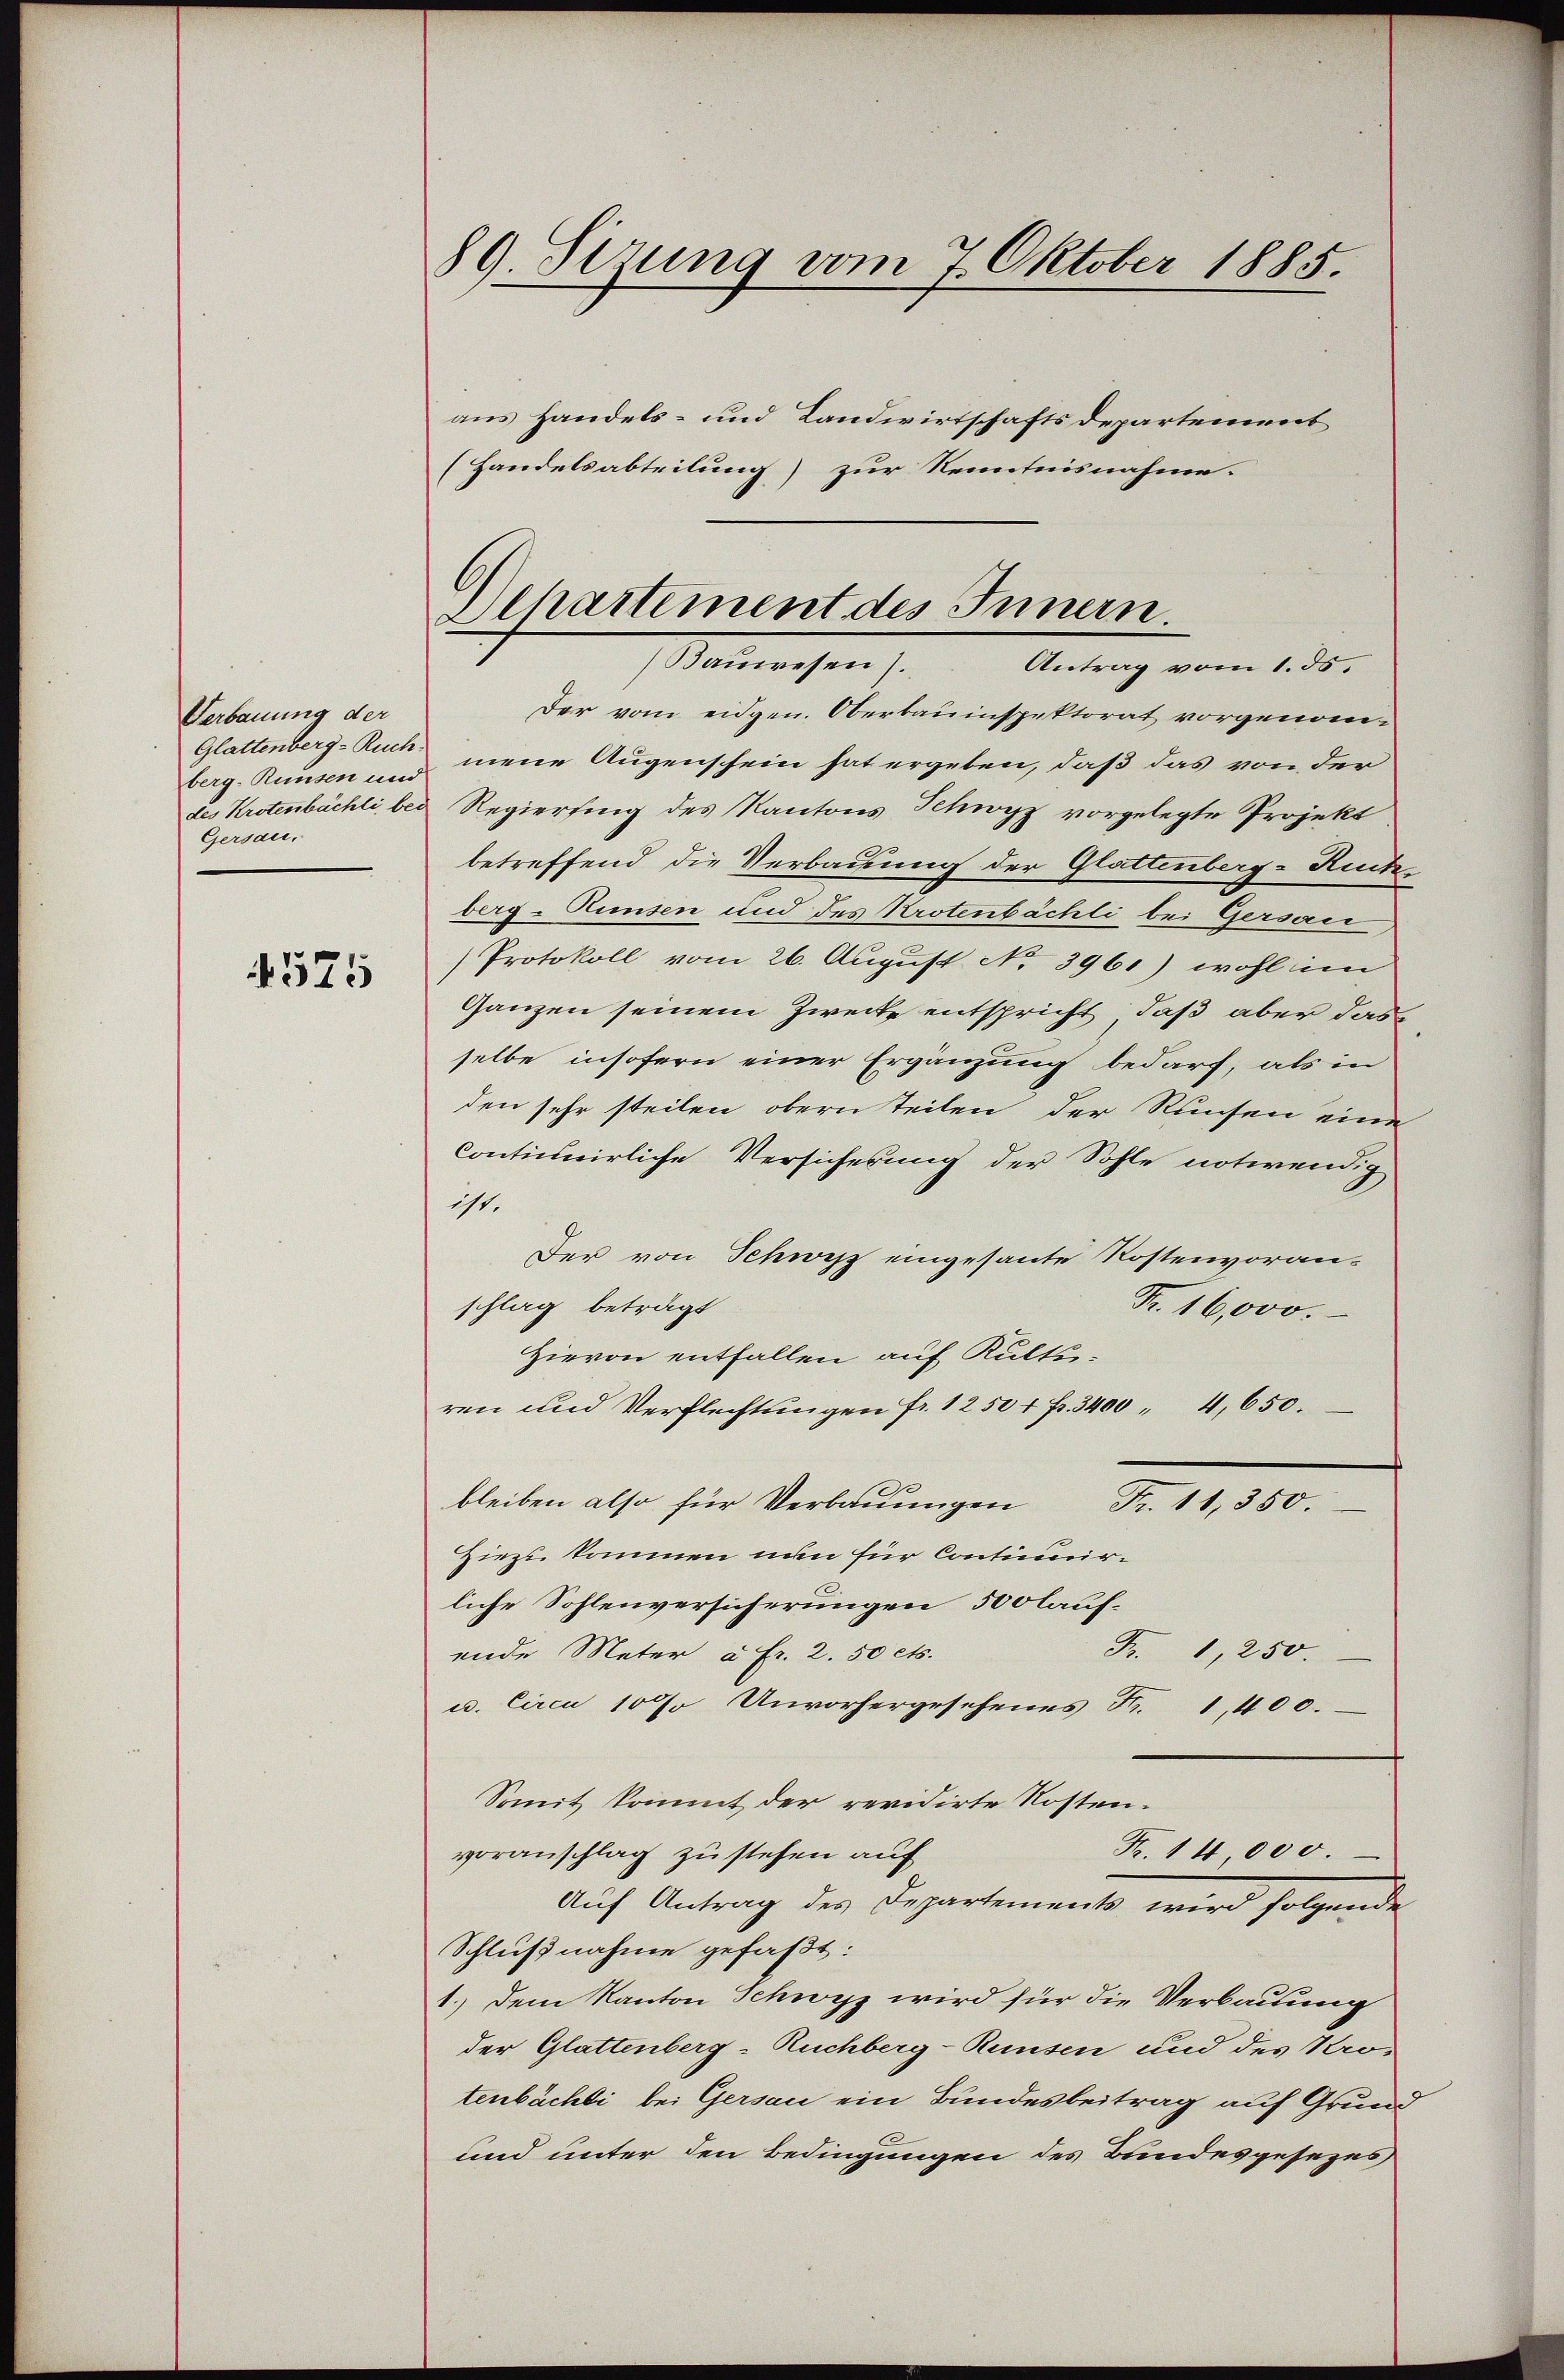
Verbauung der
Glattenberg-Ruch
berg-Runsen und
des Krotenbächli, bed
Gersau.

4575

89. Sizung vom 7. Oktober 1885.

aus Handels- und Landwirtschaftsdepartement
(Handelsabteilung) zur Kenntnisnahme.

Departement des Innern
Bauwesen).
Antrag vom 1. ds.

Der vom eidgen. Oberbauinspektorat vorgenommene Augenschein hat ergeben, daß das von der
Regierung des Kantons Schwyz vorgelegte Projekt
betreffend die Verbauung der Glattenberg-Rückberg-Runsen und des Krotenbächli bei Gersau
Protokoll vom 26. August No 3961) wohl im
Ganzen seinem Zwecke entspricht, daß aber das
selbe insofern einer Ergänzung bedarf, als in
den sehr steilen obern teilen der Runsen eine
continuirliche Versicherung der Sohle notwendig
ist.
Der von Schweiz eingesante Kostenvoran-
schlag beträgt
Fr. 16,000.
Hievon entfallen auf Kultur-
ren und Verflechtŭngen fr. 1250 + Fr. 3400 " 4,650.
bleiben also für Verbauungen Fr. 11, 350.
Hiezu kommen nun für Contimirliche Sohlenversicherungen 500 lauf-
Fr. 1, 250.
ende Meter à Fr. 2.50 cts.
u. Circa 10 % Unvorhergesehenes Fr. 1,400.
Somit kommt der revidirte Kosten.
Fr. 14000.
voranschlag zu stehen auf
Auf Antrag des Departemente wird folgende
Schlußnahme gefaßt:
1.) Dem Kanton Schwyz wird für die Verbauung
der Glattenberg-Ruchberg-Runsen und des Kro-
tenbächli bei Gersau ein Bundesbeitrag auf Grund
und unter den Bedingungen des Bundesgesezes